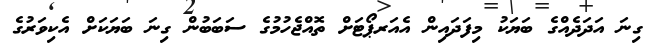
ގިނަ އަދަދެއްގެ ބަޔަކު މިފަދައިން އެއަރޕޯޓަށް ތޮއްޖެހުމުގެ ސަބަބުން ގިނަ ބަޔަކަށް އެކިވަރުގެ